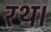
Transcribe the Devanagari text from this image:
रथ।